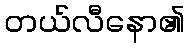
တယ်လီနော၏